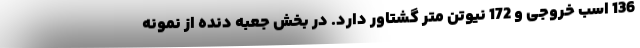
136 اسب خروجی و 172 نیوتن متر گشتاور دارد. در بخش جعبه دنده از نمونه